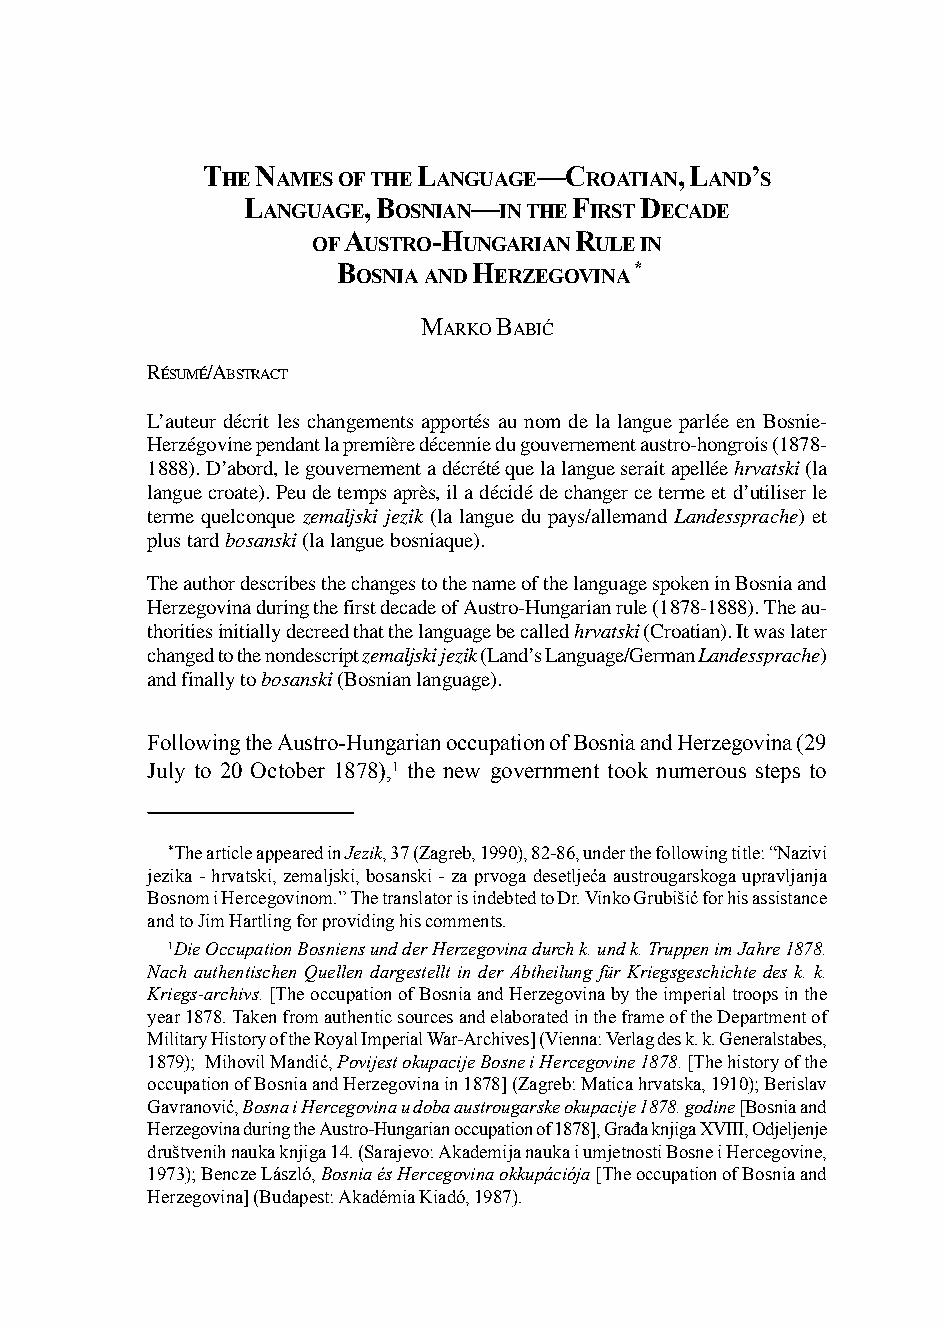
123
 T   N          L       —C       , L  ’
 HE AMESOFTHE  ANGUAGE   ROATIAN AND S
 L       , B    —      F   D
 ANGUAGE  OSNIAN INTHE IRST ECADE
 A     -H       R
 OF USTRO  UNGARIAN ULEIN
 B        H          *
 OSNIAAND ERZEGOVINA
 MARKO BABIĆ
 RÉSUMÉ/ABSTRACT
 L’auteur décrit les changements apportés au nom de la langue parlée en Bosnie-
 Herzégovine pendant la première décennie du gouvernement austro-hongrois (1878-
 1888). D’abord, le gouvernement a décrété que la langue serait apellée hrvatski (la
 langue croate). Peu de temps après, il a décidé de changer ce terme et d’utiliser le
 terme quelconque zemaljski jezik (la langue du pays/allemand Landessprache) et
 plus tard bosanski (la langue bosniaque).
 The author describes the changes to the name of the language spoken in Bosnia and
 Herzegovina during the first decade of Austro-Hungarian rule (1878-1888). The au-
 thorities initially decreed that the language be called hrvatski (Croatian). It was later
 changed to the nondescript zemaljski jezik (Land’s Language/German Landessprache)
 and finally to bosanski (Bosnian language).
 Following the Austro-Hungarian occupation of Bosnia and Herzegovina (29
 July to 20 October 1878),1 the new government took numerous steps to
 *The article appeared in Jezik, 37 (Zagreb, 1990), 82-86, under the following title: “Nazivi
 jezika - hrvatski, zemaljski, bosanski - za prvoga desetljeća austrougarskoga upravljanja
 Bosnom i Hercegovinom.” The translator is indebted to Dr. Vinko Grubišić for his assistance
 and to Jim Hartling for providing his comments.
 1Die Occupation Bosniens und der Herzegovina durch k. und k. Truppen im Jahre 1878.
 Nach authentischen Quellen dargestellt in der Abtheilung für Kriegsgeschichte des k. k.
 Kriegs-archivs. [The occupation of Bosnia and Herzegovina by the imperial troops in the
 year 1878. Taken from authentic sources and elaborated in the frame of the Department of
 Military History of the Royal Imperial War-Archives] (Vienna: Verlag des k. k. Generalstabes,
 1879); Mihovil Mandić, Povijest okupacije Bosne i Hercegovine 1878. [The history of the
 occupation of Bosnia and Herzegovina in 1878] (Zagreb: Matica hrvatska, 1910); Berislav
 Gavranović, Bosna i Hercegovina u doba austrougarske okupacije 1878. godine [Bosnia and
 Herzegovina during the Austro-Hungarian occupation of 1878], Građa knjiga XVIII, Odjeljenje
 društvenih nauka knjiga 14. (Sarajevo: Akademija nauka i umjetnosti Bosne i Hercegovine,
 1973); Bencze László, Bosnia és Hercegovina okkupációja [The occupation of Bosnia and
 Herzegovina] (Budapest: Akadémia Kiadó, 1987).